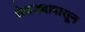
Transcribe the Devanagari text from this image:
शेकड्यापासून